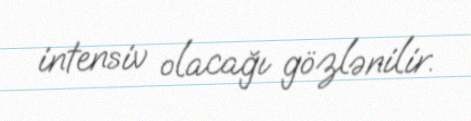
intensiv olacağı gözlənilir.